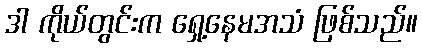
ဒါ ကိုယ်တွင်းက ရှေ့နေမအသံ ဖြစ်သည်။